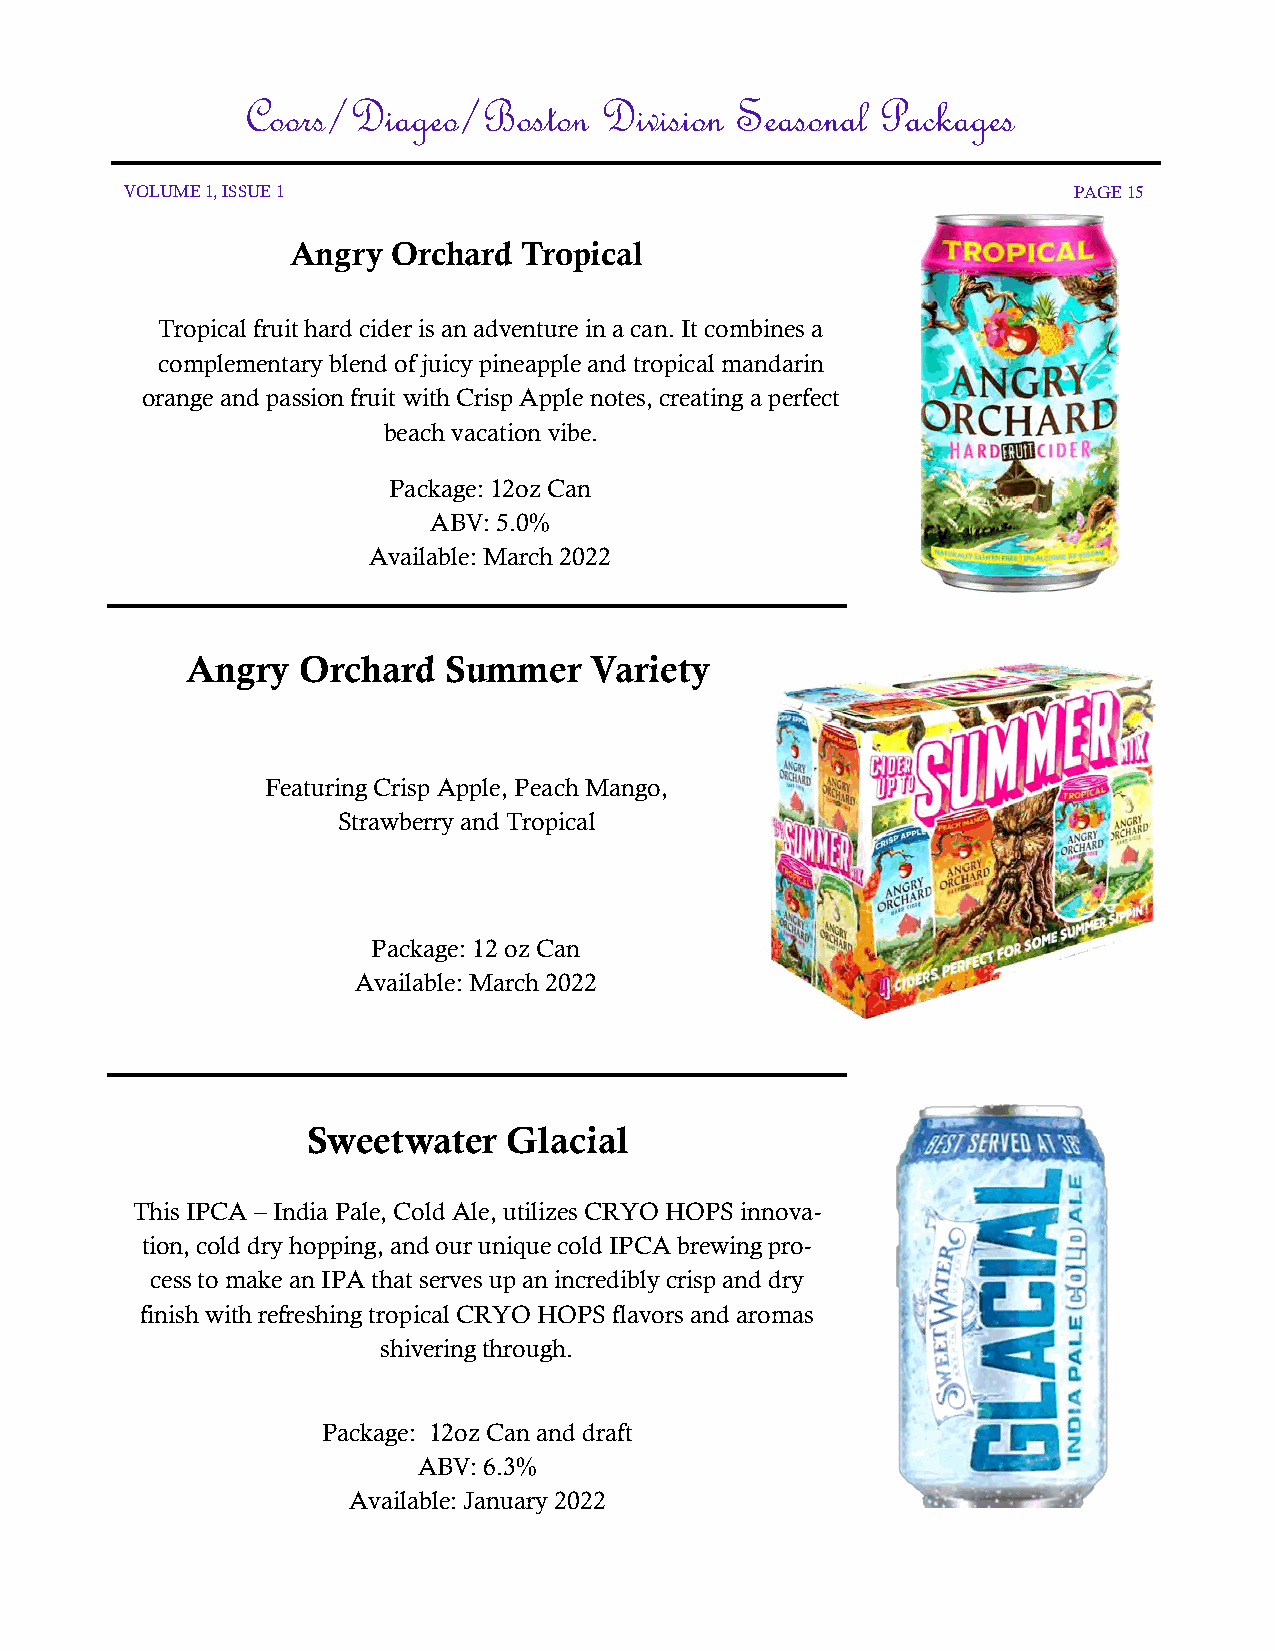
Coors/Diageo/Boston     Division Seasonal Packages
 VOLUME 1, ISSUE 1                                              PAGE 15
 Angry  Orchard Tropical
 Tropical fruit hard cider is an adventure in a can. It combines a
 complementary blend of juicy pineapple and tropical mandarin
 orange and passion fruit with Crisp Apple notes, creating a perfect
 beach vacation vibe.
 Package: 12oz Can
 ABV: 5.0%
 Available: March 2022
 Angry   Orchard   Summer   Variety
 Featuring Crisp Apple, Peach Mango,
 Strawberry and Tropical
 Package: 12 oz Can
 Available: March 2022
 Sweetwater    Glacial
 This IPCA – India Pale, Cold Ale, utilizes CRYO HOPS innova-
 tion, cold dry hopping, and our unique cold IPCA brewing pro-
 cess to make an IPA that serves up an incredibly crisp and dry
 finish with refreshing tropical CRYO HOPS flavors and aromas
 shivering through.
 Package: 12oz Can and draft
 ABV: 6.3%
 Available: January 2022